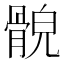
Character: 𩩕